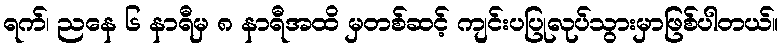
ရက်၊ ညနေ ၆ နာရီမှ ၈ နာရီအထိ မှတစ်ဆင့် ကျင်းပပြုလုပ်သွားမှာဖြစ်ပါတယ်။